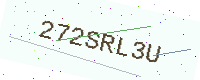
Text: 272SRL3U